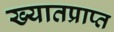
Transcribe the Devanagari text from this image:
ख्यातप्राप्त